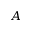
A